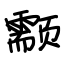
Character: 颥